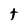
Character: t